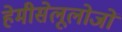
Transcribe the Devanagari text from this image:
हेमीसेलूलोजों